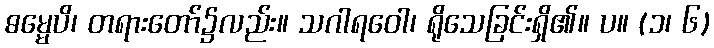
ဓမ္မေပိ၊ တရားတော်၌လည်း။ သဂါရဝေါ၊ ရိုသေခြင်းရှိ၏။ ပ။ (၁၊ ၆)